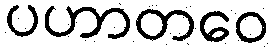
ပဟာတဝေ